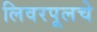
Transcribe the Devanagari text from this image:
लिवरपूलचे